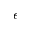
\epsilon